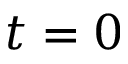
t = 0